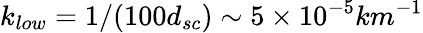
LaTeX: k_{low}=1/(100d_{sc})\sim 5\times 10^{-5}km^{-1}